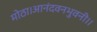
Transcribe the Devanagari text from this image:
मोठा।आनंदवनभुवनी।।